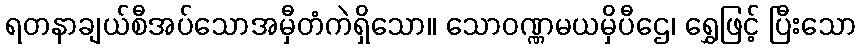
ရတနာချယ်စီအပ်သောအမှီတံကဲရှိသော။ သောဝဏ္ဏမယမှိပီဌေ၊ ရွှေဖြင့် ပြီးသော